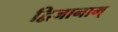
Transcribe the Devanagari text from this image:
द्विजानाम्